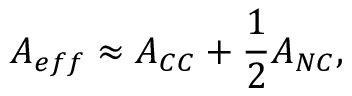
A _ { e f f } \approx A _ { C C } + \frac { 1 } { 2 } A _ { N C } ,